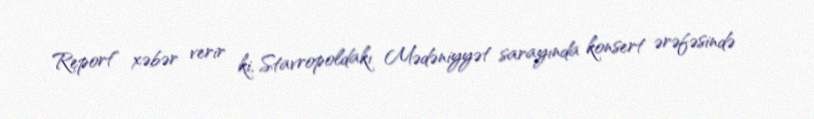
Report" xəbər verir ki, Stavropoldakı Mədəniyyət sarayında konsert ərəfəsində